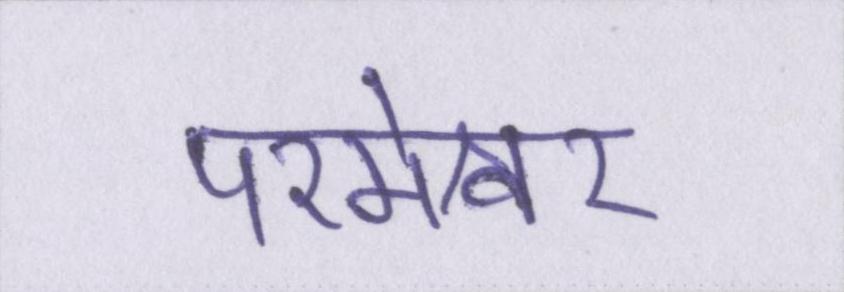
परमेश्वर